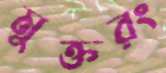
মুক্তরং